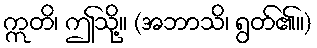
ဣတိ၊ ဤသို့။ (အဘာသိ၊ ရွတ်၏။)